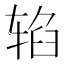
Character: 𰺐